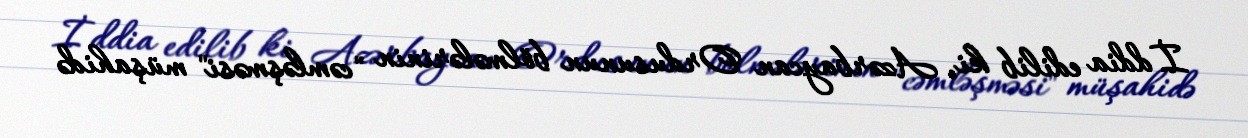
İddia edilib ki, Azərbaycan Ordusunun bölmələrinin "cəmləşməsi" müşahidə